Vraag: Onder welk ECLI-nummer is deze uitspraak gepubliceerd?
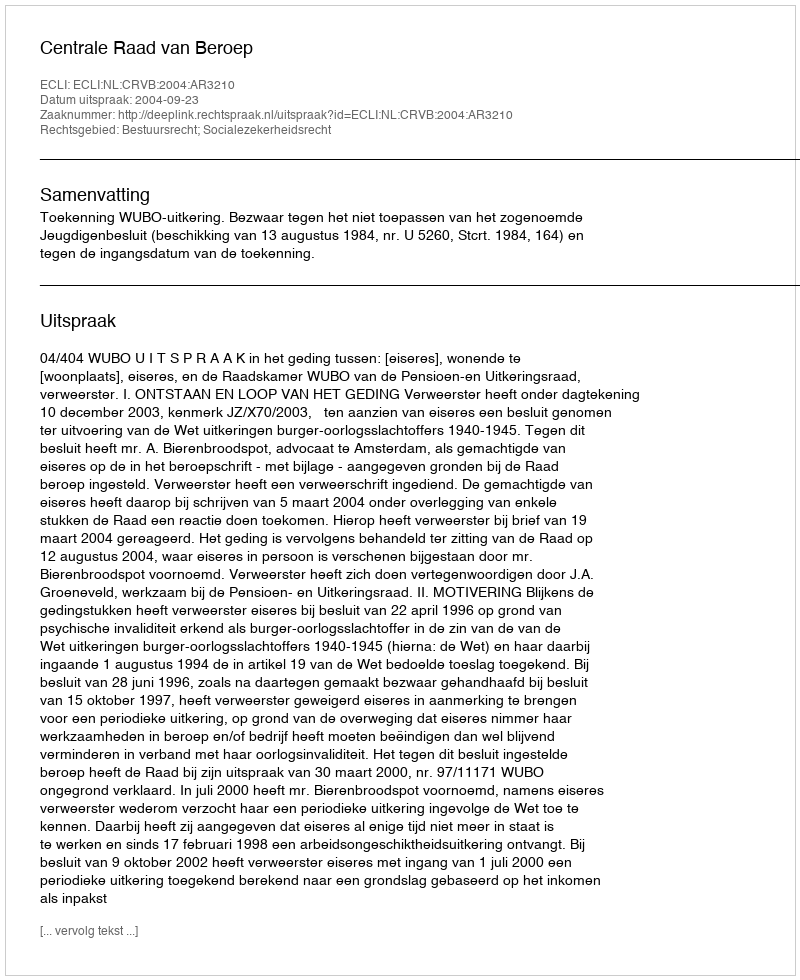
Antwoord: ECLI:NL:CRVB:2004:AR3210